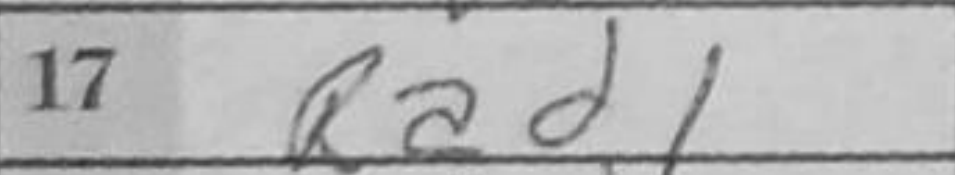
Transcription: Rad1